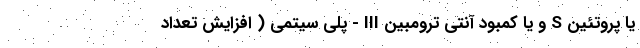
یا پروتئین S و یا کمبود آنتی ترومبین III - پلی سیتمی ( افزایش تعداد